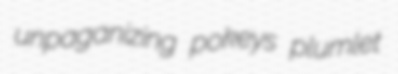
unpaganizing pokeys plumlet